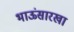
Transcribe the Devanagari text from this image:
भाऊंसारखा